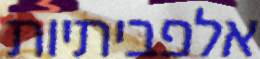
אלפביתיות